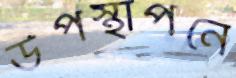
উপস্থাপনে